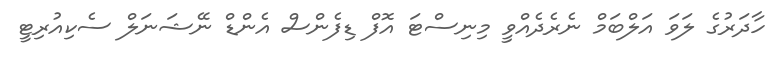
ހާދަރުގެ ލަވަ އަލްބަމް ނެރެދެއްވީ މިނިސްޓަ އޮފް ޑިފެންސް އެންޑް ނޭޝަނަލް ސެކިއުރިޓީ